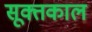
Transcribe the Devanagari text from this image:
सूक्तकाल